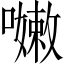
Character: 𡁛